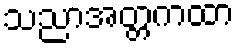
သညာအတ္တကထာ